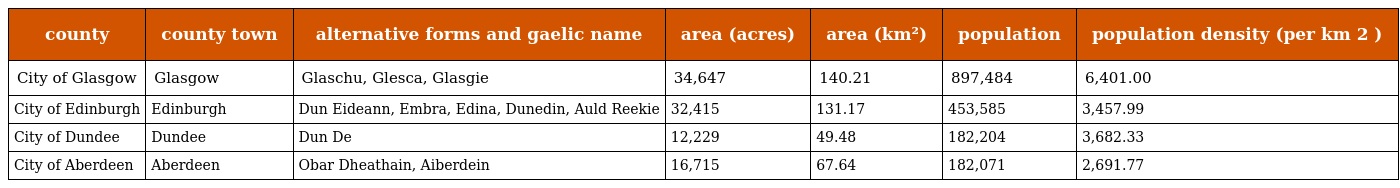
| county | county town | alternative forms and gaelic name | area (acres) | area (km²) | population | population density (per km 2 ) |
 | --- | --- | --- | --- | --- | --- | --- |
 | City of Glasgow | Glasgow | Glaschu, Glesca, Glasgie | 34,647 | 140.21 | 897,484 | 6,401.00 |
 | City of Edinburgh | Edinburgh | Dun Eideann, Embra, Edina, Dunedin, Auld Reekie | 32,415 | 131.17 | 453,585 | 3,457.99 |
 | City of Dundee | Dundee | Dun De | 12,229 | 49.48 | 182,204 | 3,682.33 |
 | City of Aberdeen | Aberdeen | Obar Dheathain, Aiberdein | 16,715 | 67.64 | 182,071 | 2,691.77 |